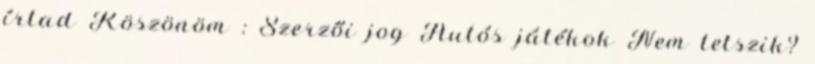
írtad Köszönöm : Szerzői jog Autós játékok Nem tetszik?